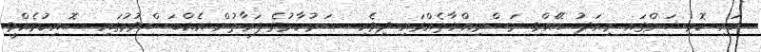
ހައި ކޮމިޝަންގައި މިއަދު ބޭއްވި ރަސްމިއްޔާތެއްގައި ދިވެހި ސަރުކާރުގެ ފަރާތުން އެއްބަސްވުމުގައި ސޮއިކުރެއްވީ